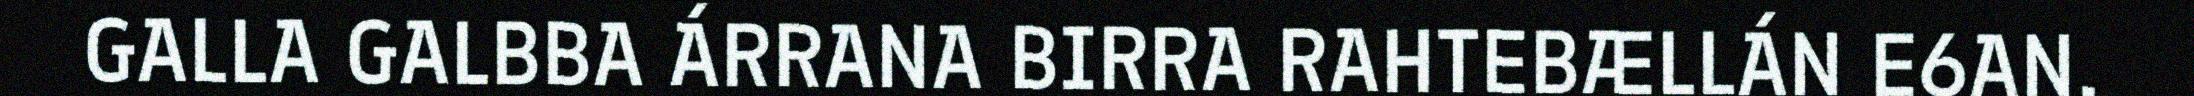
GALLA GALBBA ÁRRANA BIRRA RAHTEBÆLLÁN E6AN,